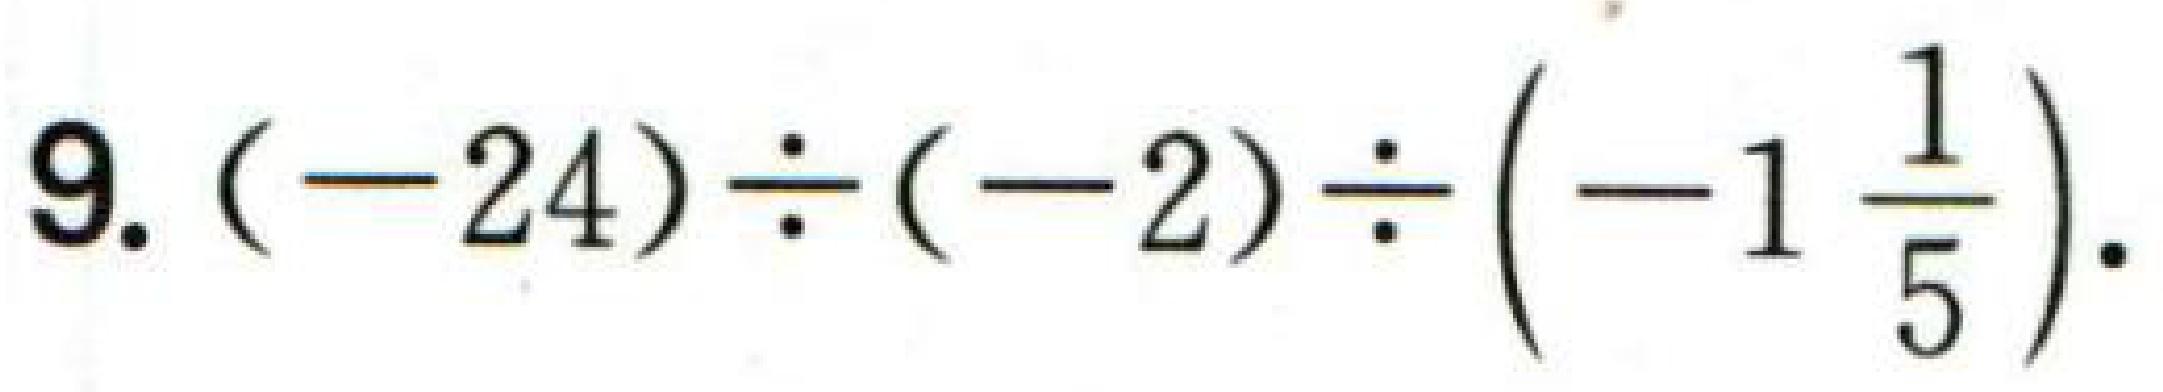
$9.(-24)\div(-2)\div\left(-1\frac{1}{5}\right).$